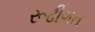
રૂઢીગત